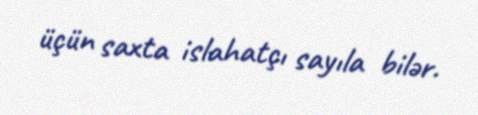
üçün saxta islahatçı sayıla bilər.